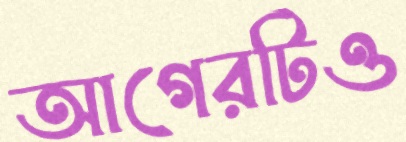
আগেরটিও